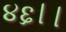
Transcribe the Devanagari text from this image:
४६।।